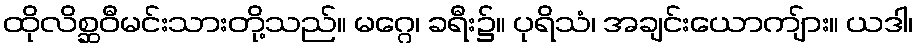
ထိုလိစ္ဆဝီမင်းသားတို့သည်။ မဂ္ဂေ၊ ခရီး၌။ ပုရိသံ၊ အချင်းယောကျ်ား။ ယဒါ၊